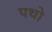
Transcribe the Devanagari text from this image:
पथो